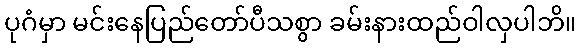
ပုဂံမှာ မင်းနေပြည်တော်ပီသစွာ ခမ်းနားထည်ဝါလှပါဘိ။